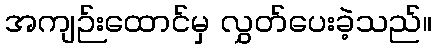
အကျဉ်းထောင်မှ လွှတ်ပေးခဲ့သည်။